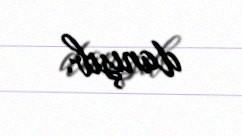
danışıb.